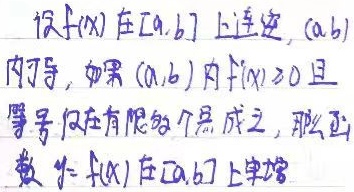
设\(f(x)\)在\([a,b]\)上连续，\((a,b)\)内可导，如果\((a,b)\)内\(f'(x)\geq0\)且等号仅在有限多个点成立，那么函数\(y = f(x)\)在\([a,b]\)上单调递增。